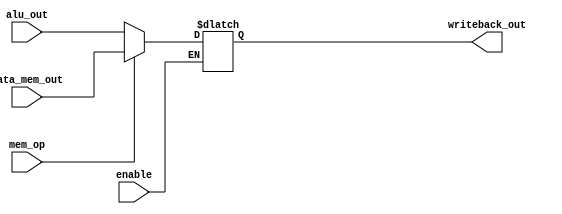
module writeback
(
	input wire mem_op,
	input wire[31:0] data_mem_out,
	input wire[31:0] alu_out,
	input wire	enable,

	output reg[31:0] writeback_out
);

//wire[31:0] out;
always @(*) begin
	if(enable ==1) begin
		if(mem_op == 1) begin
			writeback_out = data_mem_out;
		end
		else begin
			writeback_out = alu_out;
		end
	end
end

//assign writeback_out = out;

endmodule